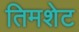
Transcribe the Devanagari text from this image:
तिमशेट